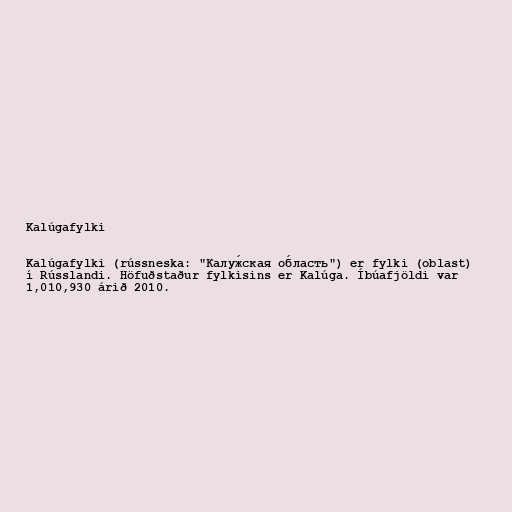
Kalúgafylki

Kalúgafylki (rússneska: "Калу́жская о́бласть") er fylki (oblast)
í Rússlandi. Höfuðstaður fylkisins er Kalúga. Íbúafjöldi var
1,010,930 árið 2010.